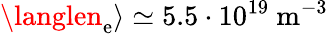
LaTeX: \langlen_{\mathrm{e}}\rangle\simeq5.5\cdot10^{19}~\mathrm{{m}}^{-3}